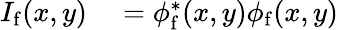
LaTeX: \begin{array}{rl}{I_{\mathrm{f}}(x,y)}&{{}=\phi_{\mathrm{f}}^{*}(x,y)\phi_{\mathrm{f}}(x,y)}\end{array}